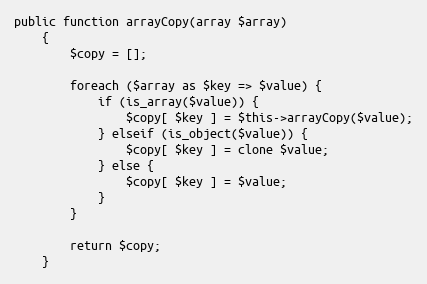
Language: PHP
public function arrayCopy(array $array)
    {
        $copy = [];

        foreach ($array as $key => $value) {
            if (is_array($value)) {
                $copy[ $key ] = $this->arrayCopy($value);
            } elseif (is_object($value)) {
                $copy[ $key ] = clone $value;
            } else {
                $copy[ $key ] = $value;
            }
        }

        return $copy;
    }